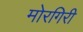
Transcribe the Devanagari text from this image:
मोरगिरी